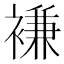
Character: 𮖨